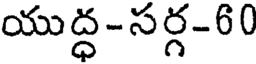
యుద్ధ-సర్గ-60